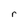
Character: r